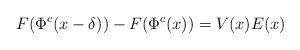
LaTeX: \begin{align*}F(\Phi^c(x-\delta))-F(\Phi^c(x))=V(x)E(x)\end{align*}